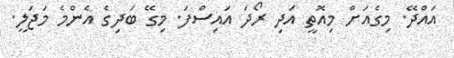
އައްދޭ. މިގެއަށް މިއޮތީ އަދި ރޯދަ އައިސްފަ. މިގޭ ބަދިގެ އެންމެ މަޖަލީ.